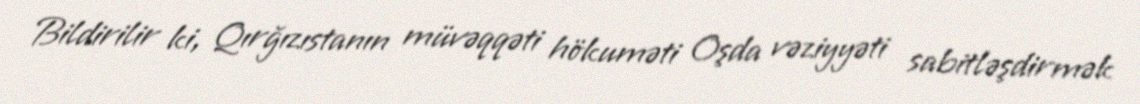
Bildirilir ki, Qırğızıstanın müvəqqəti hökuməti Oşda vəziyyəti sabitləşdirmək